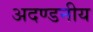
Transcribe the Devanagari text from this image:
अदण्डनीय